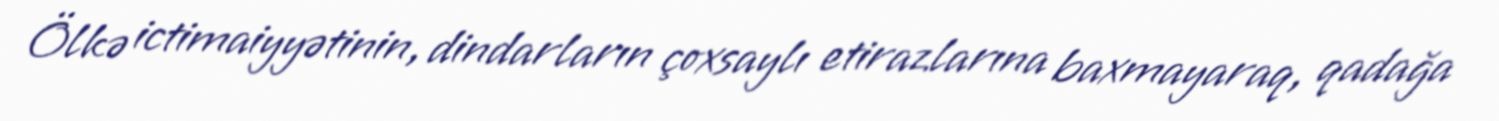
Ölkə ictimaiyyətinin, dindarların çoxsaylı etirazlarına baxmayaraq, qadağa